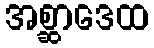
အစ္ဆာဒေထ